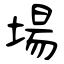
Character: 場